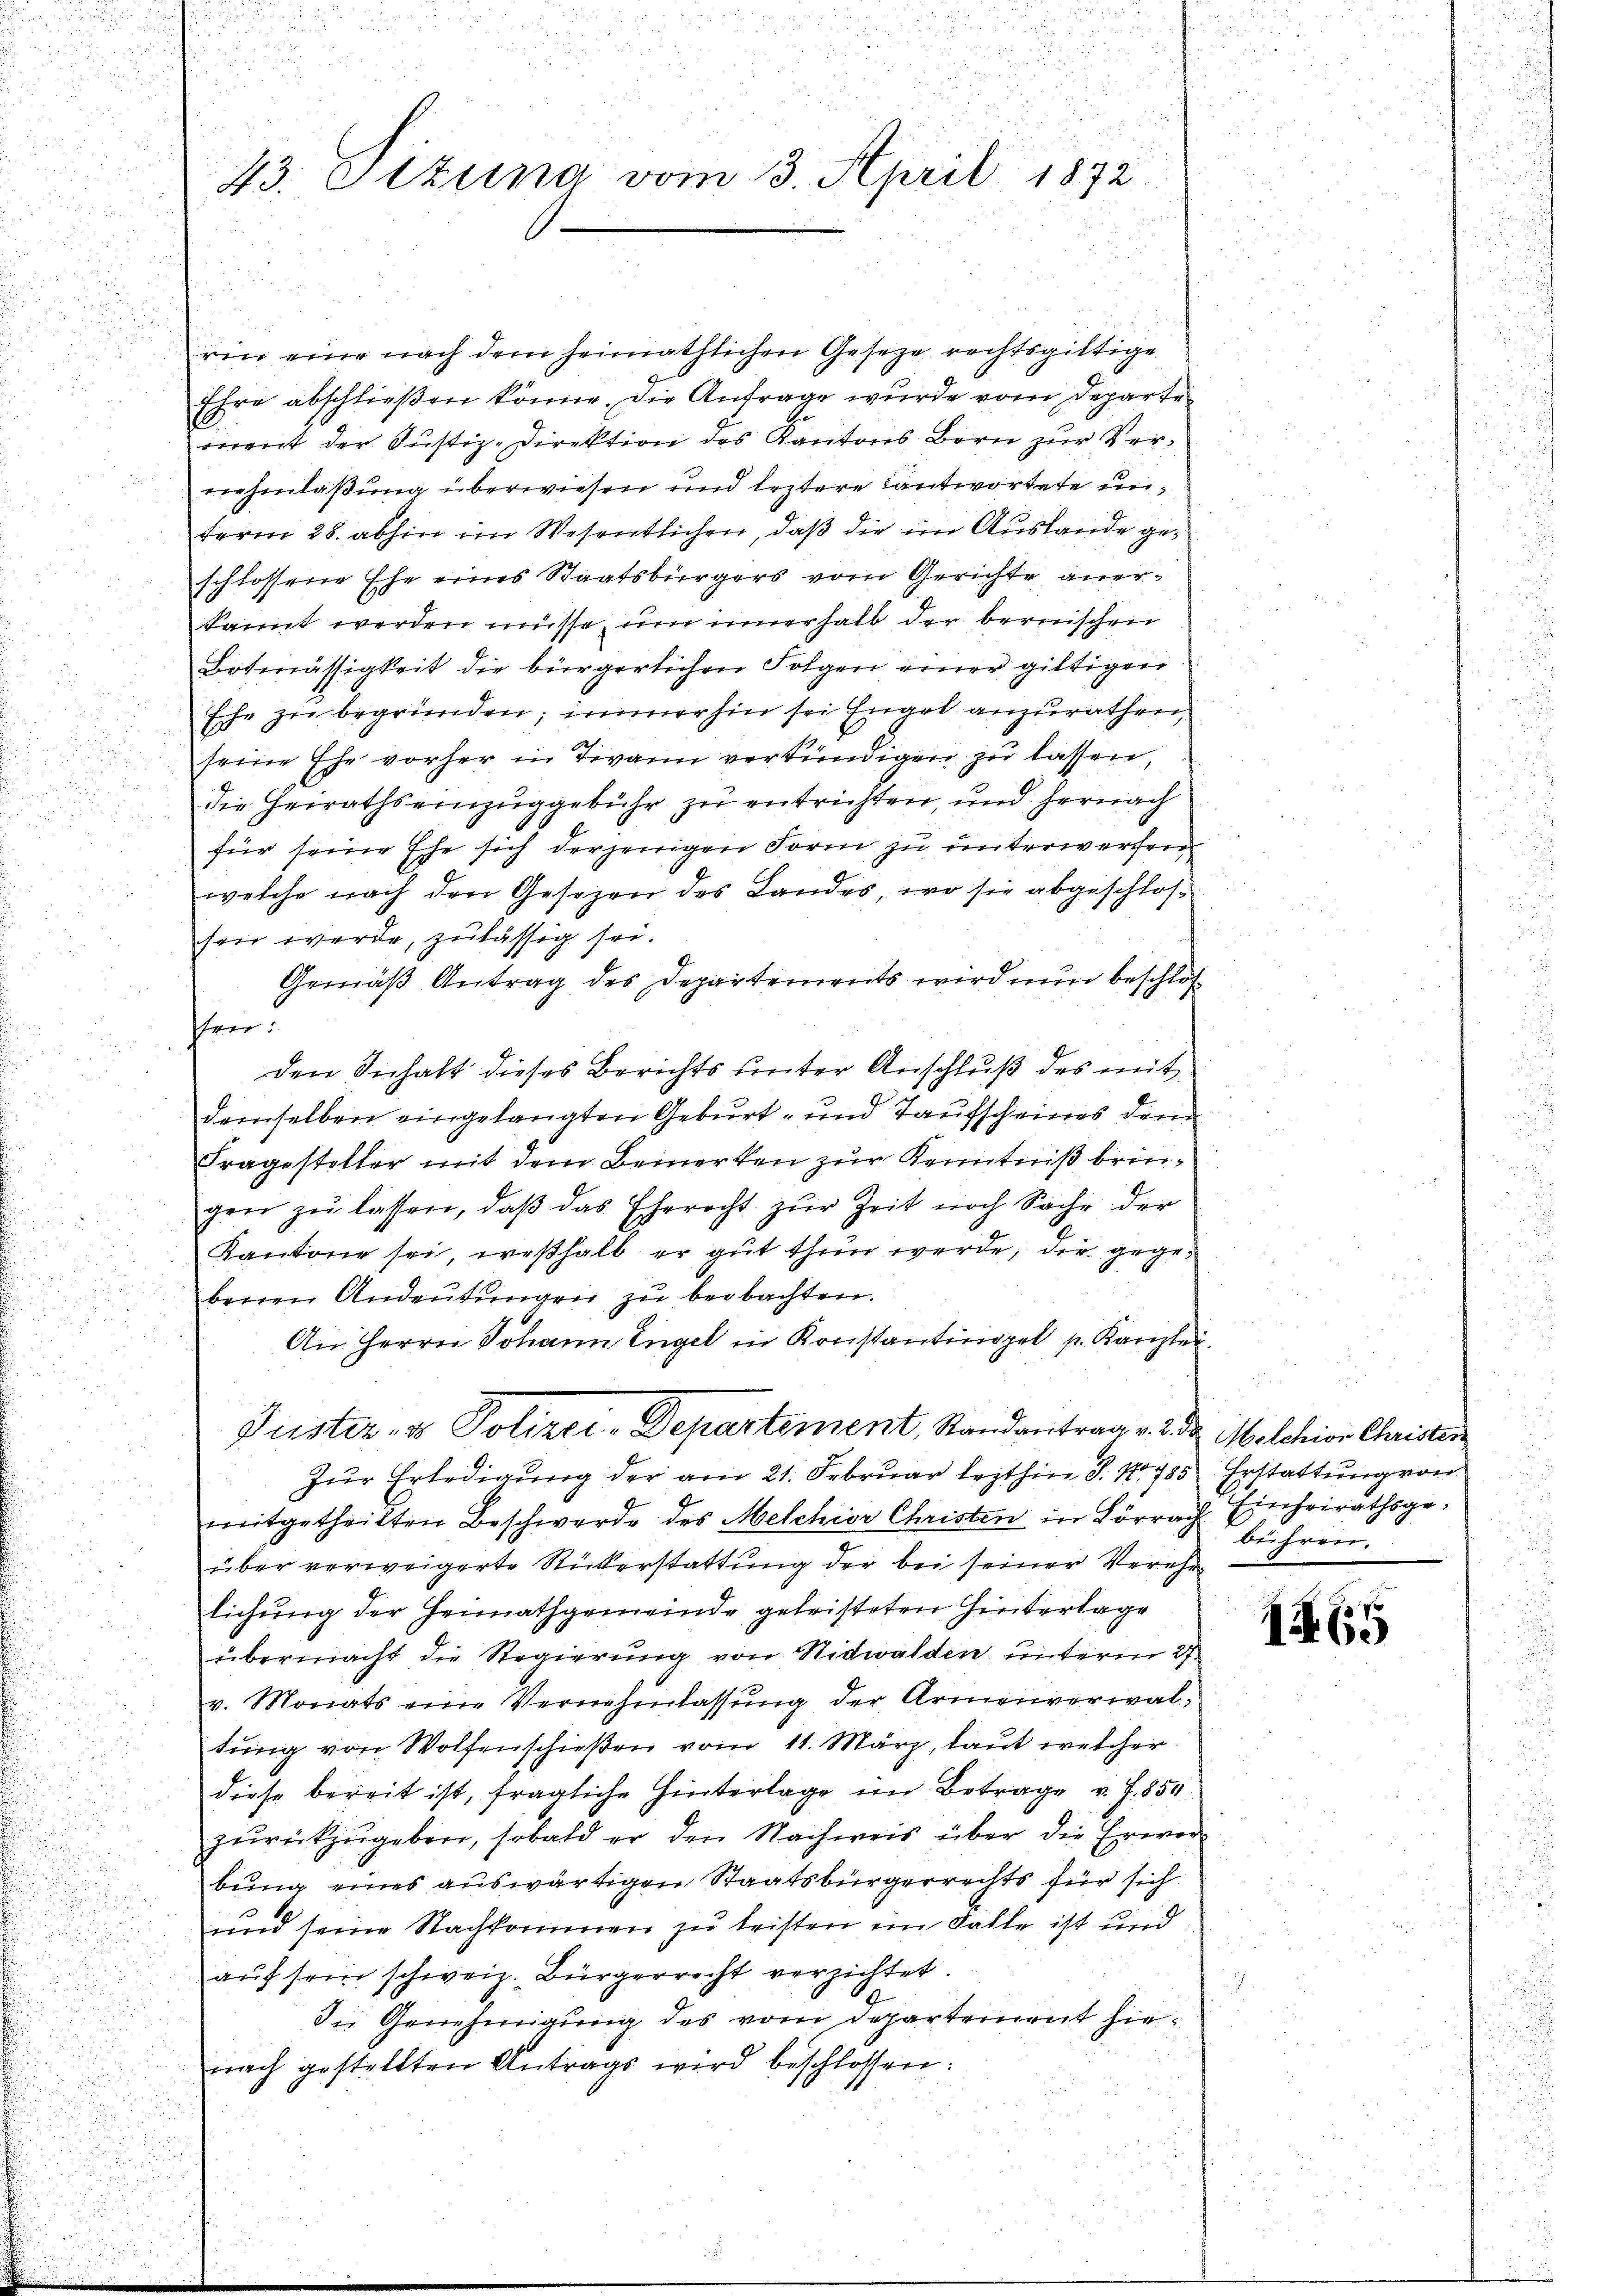
43. Pizuna vom 3. April 1872

rin eine nach dem heimathlichen Geseze rechtsgültige
Ehre abschließen könne. Die Anfrage wurde vom Departemnent der Justiz-Direktion des Kantons Bern zur Verrehmlaßung überwiesen und leztere antwortete unterm 28. abhin im Wesentlichen, daß die im Auslande geschlossene Ehe eines Staatsbürgers vom Gerichte anerkannt werden müsse, um innerhalb der bernischen
Botmässigkeit die bürgerlichen Folgen einer giltigen
Eche zu begründen; immer hin sei Engel anzurathen,
seine Ehe vorher in Twann verkündigen zu lassen,
die Herraths einzuggebühr zu entrichten, und hernach
für seine Ehe sich derjenigen Form zu unterwerfen
welche nach den Gesezen des Landes, wo sie abgeschlossein werde, zulässig sei.
Gemäß Antrag des Departements wird nun beschloshen
den Inhalt dieses Berichts unter Anschluß des mit
demselben eingelangten Geburt- und Taufscheines dem
Fragesteller mit dem Bemerken zur Kenntniß bringen zŭ lassen, daβ das Eherecht zŭr Zeit noch Sache der
Kantone sei, weßhalb er gut thun werde, die gegebenen Andeutungen zu beobachten.
An Herrn Johann Engel in Konstantinopel p. Kanzler
Justiz- & Polizei-Departement, Randantrag v. 2. da Melchior Christer
Zŭr Erledigŭng der am 21. Februar lezthin S. Nr. 785 Erstattŭng von
mitgetheilten Beschwerde des Melchior Christen in Lörrbühren.
über verweigerte Rükerstattung der bei seiner Verehr
lichung der Heimathgemeinde geleisteten Hinterlage
übermacht die Regierung von Nidwalden unterm 27.
v. Monats eine Vernehmlassung der Armenverwaltŭng von Wolfenschießen vom 11. März, laut welcher
diese bereit ist, fragliche Hinterlage im Betrage v. J. 850
zŭrückzŭgeben, sobald er den Nachweis über die Erwer-
bung eines auswärtigen Staatsbürgerrechts für sich
1
und seine Nachkommen zu leisten im Falle ist und
aŭf sein schweiz. Bürgerrecht verzichtet.
In Genehmigung des vom Departement hienach gestellten Antrags wird beschlossen:

Einheirathsge-

1465